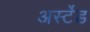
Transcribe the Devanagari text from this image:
अर्स्टेड